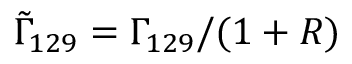
\tilde { \Gamma } _ { 1 2 9 } = \Gamma _ { 1 2 9 } / ( 1 + R )